Calcutta medical institutions reports 1871-78
Year: 1871
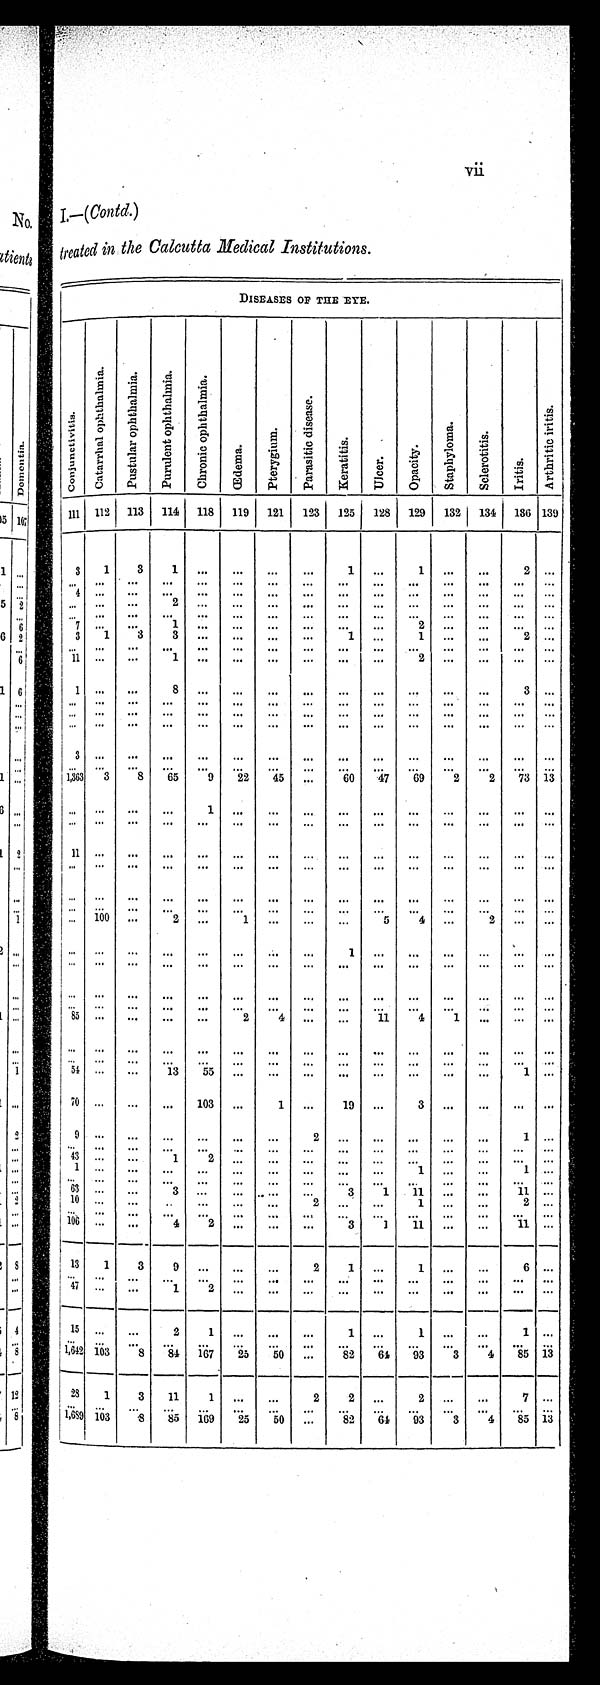
I.—(Contd .)
treated in the Calcutta Medical Institutions
.
DISEASES OF THE EYE.
C o n j u n c t i v i t i s . a
C a t a r r h a l o p h t h a l m i a .
P u s t u l a r o p h t h a l m i a . P u r u l e n t o p h t h a l m i a . C h r o n i c o p h t h a l m i a .
Œ d e m a .
P t e r y g i u m .
P a r a s i t i c d i s e a s e .
K e r a t i t i s .
U l c e r .
O p a c i t y .
S t a p h y l o m a .
S c l e r o t i t i s .
I r i t i s .
A r t h r i t i c i r i t i s .
111 112 113 114 118 119 121 123 125 128 129 132 134 136 139
3
1 3
1
. . .
. . .
. . .
. . .
1
. . .
1
. . .
. . .
2 . . .
. . .
. . .
. . . ...
. . .
. . . . . .
... ... ...
. . .
. . . ... ... . . .
4 . . . ... ... . . .
... ... ... ... ...
. . .
. . . ... ... ...
. . .
. . .
. . .
2 . . .
. . .
. . .
. . .
. . .
. . .
. . .
. . .
. . .
. . . . . .
. . . . . . ... ... ... ... ... ... ... ...
. . .
. . . ... ... ...
7
. . .
. . . 1 ... ... ... ... ... ...
2
. . .
. . .
. . . . . .
3
1 3
3
. . .
. . .
. . .
. . .
1
. . .
1
. . .
. . .
2 . . .
. . .
. . . ...
. . . . . .
. . . . . .
. . . . . .
. . .
. . .
. . .
. . .
... . . .
1 1
. . .
. . . 1 . . .
...
. . .
. . .
. . .
. . .
2
. . .
. . .
. . . . . .
1
. . .
. . . 8 ... ... ... ... ... ... ... ... ...
3 . . .
. . .
. . .
. . .
. . .
. . .
. . .
. . .
. . .
. . .
. . .
. . .
. . .
. . .
. . . . . .
. . .
. . .
. . .
. . .
. . .
. . .
. . .
. . .
. . .
. . .
. . .
. . .
. . .
. . . . . .
. . . ... ... ... ... ... ... ... ... ... ... ... ... ... ...
3
. . .
. . .
. . .
. . .
. . .
. . .
. . .
. . .
. . .
. . .
. . .
. . .
. . . . . .
. . .
. . .
. . .
. . . . . .
. . . . . .
. . .
. . . . . .
. . .
. . . ...
. . . . . .
1 , 3 6 3 3
8 65
9 22 45
. . .
6 0 47 69
2
2
7 3 1 3
. . .
. . .
. . .
. . .
1
. . . . . .
. . .
. . .
. . .
. . .
. . .
. . .
. . . . . .
. . .
. . .
. . .
. . .
. . .
. . .
. . .
. . .
. . .
. . .
. . .
. . .
. . .
. . . . . .
1 1
. . .
. . .
. . .
. . .
. . .
. . .
. . .
. . .
. . .
. . .
. . .
. . .
. . . . . .
. . .
. . .
. . .
. . .
. . .
. . . . . .
. . .
. . .
. . .
. . .
. . .
. . .
. . . . . .
. . .
. . .
. . .
. . . . . .
...
. . .
... ... ...
. . .
. . .
. . .
... . . .
. . .
. . .
. . .
. . . . . .
. . . . . .
. . .
. . .
. . . ...
. . . . . .
. . . ...
. . .
1 0 0
. . .
2 ...
1
. . .
. . .
. . . 5
4
. . .
2
. . . . . .
. . . ... ... ... ... ... ... ...
1
. . .
. . .
. . .
. . .
. . . . . .
. . .
. . .
. . . ...
...
. . . ... ... ... ... ...
...
... ... ...
. . .
. . .
. . .
. . . . . .
. . . ... ...
. . .
. . .
. . .
. . . ... ... ...
. . .
. . . . . .
. . . . . .
. . . . . .
. . .
. . .
. . .
. . .
. . . . . .
. . . . . .
8 5
. . .
. . .
. . .
. . .
2
4
. . .
. . .
1 1 4
1 . . .
... ...
. . .
. . .
. . .
. . . . . .
...
. . .
... ... ... ... ... ... ... ...
. . .
. . .
. . .
. . . . . .
. . . . . .
. . .
. . .
. . .
. . .
. . . . . .
. . . . . .
5 4
. . .
. . . 13 55 ... ... ... ... ... ... ... ...
1
. . .
70 ... ... ... 103 ...
1
. . .
1 9
. . .
3
. . .
. . .
. . .
. . .
9
. . .
. . .
. . . . . .
. . . . . .
2
. . .
. . .
. . .
. . .
. . .
1 . . .
. . .
. . .
. . .
. . .
. . .
. . . . . .
. . .
. . .
. . . ... ...
. . .
... . . .
43
. . .
. . .
1
2
. . . . . .
. . .
. . .
. . . ... ...
. . .
... . . .
1
. . .
. . .
. . .
. . .
. . . . . .
. . .
. . .
. . .
1
. . .
. . .
1 . . .
. . .
. . .
. . .
. . .
. . .
. . .
. . .
. . .
. . .
. . .
. . .
. . .
. . .
. . . . . .
63
. . .
. . .
3
. . .
. . . . . .
. . .
3
1 11
. . . ...
11 . . .
10
. . .
. . .
. . .
. . .
. . . . . .
2
. . .
. . . 1
. . .
. . .
2 . . .
. . .
. . .
. . .
. . .
. . .
. . .
. . .
. . .
. . .
. . .
. . . . . . ...
. . . . . .
1 0 6
. . .
. . .
4
2
. . . . . .
. . .
3
1 11
. . .
. . .
1 1
. . .
13 1
3
9
. . .
. . .
. . .
2
1
. . .
1
. . .
. . .
6
. . .
. . .
. . .
. . .
. . .
. . .
. . .
. . .
. . .
. . .
. . .
. . .
. . .
. . .
. . .
. . .
4 7
. . .
. . .
1
2
. . .
. . .
. . .
. . .
. . .
. . .
. . .
. . .
. . . . . .
1 5
. . .
. . .
2
1 ... ... ...
1
. . .
1
. . .
. . .
1
. . .
. . .
. . .
. . .
. . .
. . .
. . .
. . .
. . .
. . .
. . .
. . .
. . .
. . .
. . . . . .
1 , 6 4 2
1 0 3
8 84
1 6 7
2 5
5 0
. . . 82
6 4
9 3
3
4
8 5
1 3
2 8 1
3 11
1
. . .
. . .
2
2
. . . 2 ... ...
7
. . .
. . .
. . .
. . .
. . .
. . .
. . .
. . .
. . .
. . .
. . .
. . .
. . .
. . .
. . .
. . .
1 , 6 8 9
1 0 3
8
8 5 169 25
5 0
. . . 82 64 93
3
4 85 13